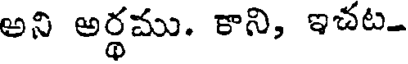
అని అర్థము. కాని, ఇచట-